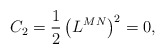
\begin{align*}C_2=\frac 12\left( L^{MN}\right) ^2=0, \end{align*}